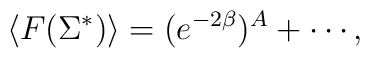
\langle F( \Sigma^*) \rangle =  ( e^{-2 \beta})^A + \cdots,